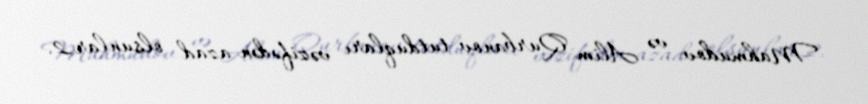
Mahmudov və Alim Qurbanov tutduqları vəzifədən azad olsunlar.2.